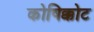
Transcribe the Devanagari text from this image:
कोषिक्कोट